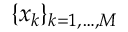
\{ x _ { k } \} _ { k = 1 , \ldots , M }